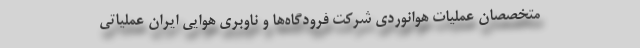
متخصصان عملیات هوانوردی شرکت فرودگاه‌ها و ناوبری هوایی ایران عملیاتی